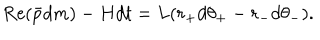
LaTeX: \mathrm { R e } ( \bar { p } d m ) - H d t = L ( r _ { + } d \theta _ { + } - r _ { - } d \theta _ { - } ) .